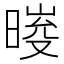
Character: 𣉀